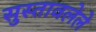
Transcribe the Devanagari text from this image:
सुस्तावलेले